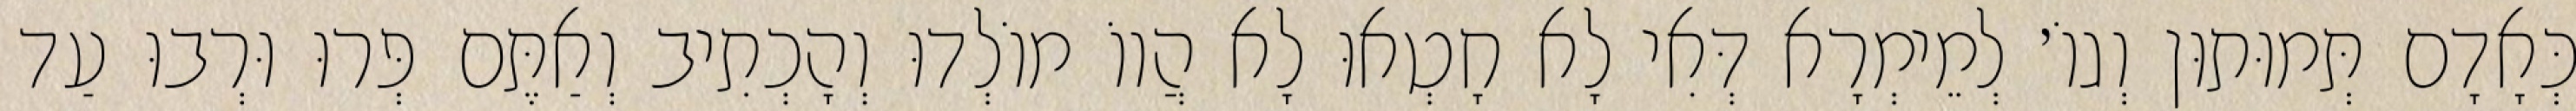
כְּאָדָם תְּמוּתוּן וְגוֹ׳ לְמֵימְרָא דְּאִי לָא חָטְאוּ לָא הֲווֹ מוֹלְדוּ וְהָכְתִיב וְאַתֶּם פְּרוּ וּרְבוּ עַד